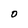
Character: O